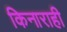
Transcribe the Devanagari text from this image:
किनाराही